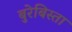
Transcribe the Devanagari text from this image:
बुरेबिस्ता